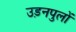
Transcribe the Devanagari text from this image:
उड़नपुलों